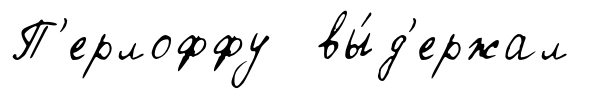
П'ерлоффу вы́д'ержал